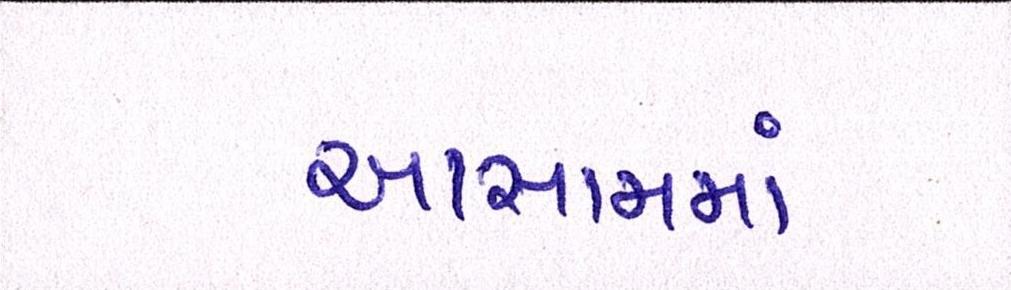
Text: આસામમાં